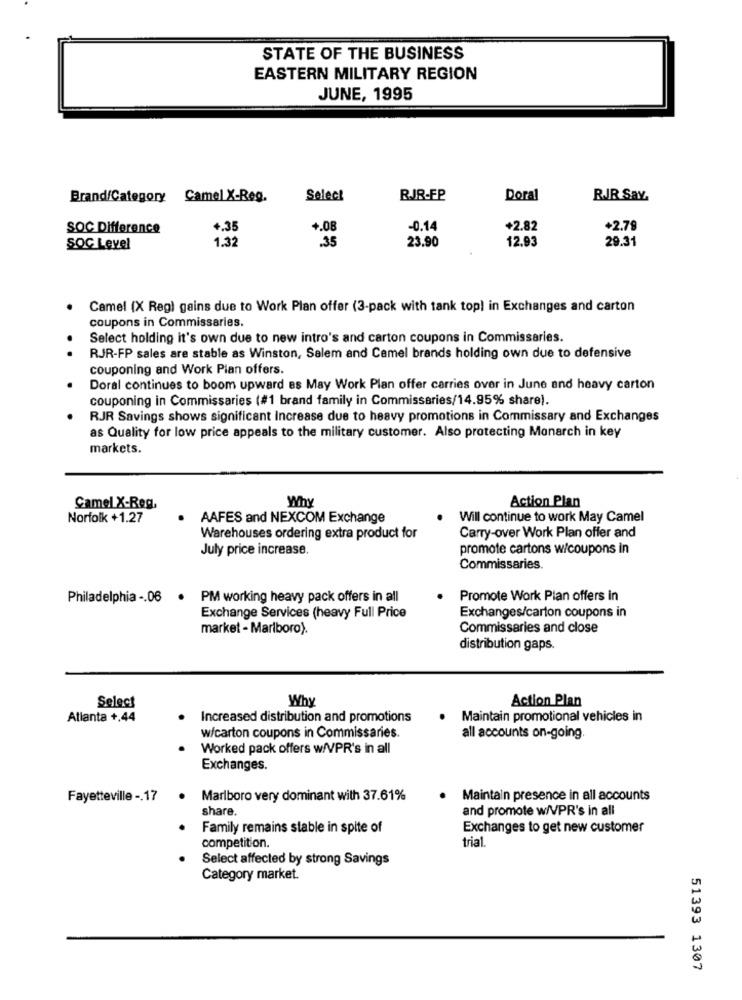
STATE OF THE BUSINESS
EASTERN MILITARY REGION
JUNE, 1995
Brand/Category Camel X-Reg.
Select
RJR-FP
Doral
RJR Say.
SOC Difference
+.35
+.08
-0.14
+2.82
+2.79
1.32
.35
23.90
12.93
29.31
SOG Level
Camel (X Reg) gains due to Work Plan offer (3-pack with tank top) in Exchanges and carton
coupons in Commissaries.
Select holding it's own due to new intro's and carton coupons in Commissaries.
RJR-FP sales are stable as Winston, Salem and Camel brands holding own due to defensive
couponing and Work Plan offers.
Doral continues to boom upward es May Work Plan offer carries over in June and heavy carton
couponing in Commissaries (#1 brand family in Commissaries/14.95% share).
RJR Savings shows significant Increase due to heavy promotions in Commissary and Exchanges
as Quality for low price appeals to the military customer. Also protecting Monarch in key
markets.
Why
Action Plan
Camel X-Reg.
Norfolk +1.27
AAFES and NEXCOM Exchange
Will continue to work May Camel
Warehouses ordering extra product for
Carry-over Work Plan offer and
July price increase.
promote cartons w/coupons in
Commissaries.
Philadelphia -. 06 . PM working heavy pack offers in all
Promote Work Plan offers in
Exchanges/carton coupons in
Exchange Services (heavy Full Price
market - Marlboro).
Commissaries and close
distribution gaps.
Why
Action Plan
Select
Atlanta +,44
Increased distribution and promotions
Maintain promotional vehicles in
w/carton coupons in Commissaries.
all accounts on-going.
Worked pack offers w/VPR's in all
Exchanges.
Fayetteville -. 17
Marlboro very dominant with 37.61%
. Maintain presence in all accounts
share.
and promote w/VPR's in all
Family remains stable in spite of
Exchanges to get new customer
competition.
trial.
Select affected by strong Savings
Category market.
51393 1307